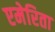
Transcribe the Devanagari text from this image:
एमेरिता